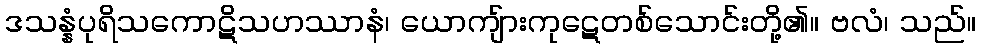
ဒသန္နံပုရိသကောဋိသဟဿာနံ၊ ယောကျ်ားကုဋေတစ်သောင်းတို့၏။ ဗလံ၊ သည်။